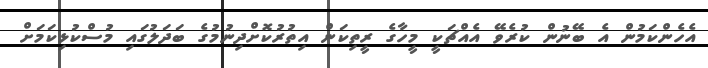
އެހެންކަމުން އެ ބޭނުން ކުރެވޭ އެއްޗަކީ މީހާގެ ރީތިކަން އިތުރުކޮށްދިނުމުގެ ބަދަލުގައި މުސްކުޅިކަމަށް